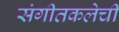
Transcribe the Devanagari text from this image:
संगीतकलेची